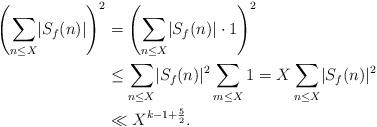
LaTeX: \begin{align*} \left( \sum_{n \leq X} \lvert S_f(n) \rvert \right)^2 &= \left( \sum_{n \leq X} \lvert S_f(n) \rvert \cdot 1 \right)^2 \\ &\leq \sum_{n \leq X} \lvert S_f(n) \rvert^2 \sum_{m \leq X} 1 = X \sum_{n \leq X} \lvert S_f(n) \rvert^2 \\ &\ll X^{k-1 + \frac{5}{2}}.\end{align*}